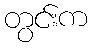
တွင်းက